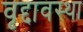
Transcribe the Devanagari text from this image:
वृद्दावस्था